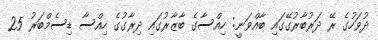
ދުވަހުގެ ރޭ ދަރުބާރުގޭގައި ބާއްވަނީ: ހިއްސާގެ ބާޒާރުގައި ދިރާގުގެ ހިއްސާ ޑިސެމްބަރު 25